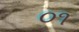
૦૧